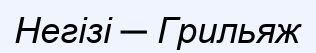
Негізі ─ Грильяж